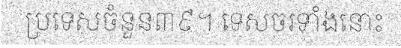
ប្រទេសចំនួន៣៩។ ទេសចរទាំងនោះ